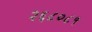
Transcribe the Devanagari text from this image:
२६८०८१